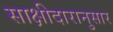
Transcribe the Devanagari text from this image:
साक्षीदारानुसार